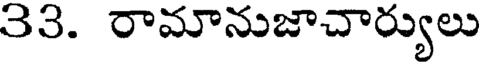
33. రామానుజాచార్యులు